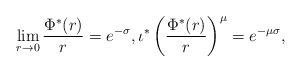
LaTeX: \begin{align*} \lim_{r\to 0}\frac{\Phi^*(r)}{r}=e^{-\sigma}, \iota^*\left(\frac{\Phi^*(r)}{r}\right)^{\mu}=e^{-\mu\sigma}, \end{align*}